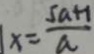
x = \frac { 5 a + 1 } { a }